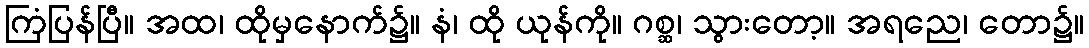
ကြံပြန်ပြီ။ အထ၊ ထိုမှနောက်၌။ နံ၊ ထို ယုန်ကို။ ဂစ္ဆ၊ သွားတော့။ အရညေ၊ တော၌။